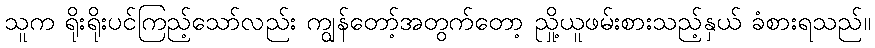
သူက ရိုးရိုးပင်ကြည့်သော်လည်း ကျွန်တော့်အတွက်တော့ ညှို့ယူဖမ်းစားသည့်နှယ် ခံစားရသည်။